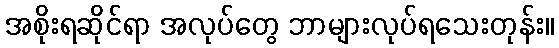
အစိုးရဆိုင်ရာ အလုပ်တွေ ဘာများလုပ်ရသေးတုန်း။